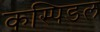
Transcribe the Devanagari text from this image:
कस्पिडल